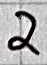
Text: 2